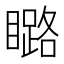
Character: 𱳍